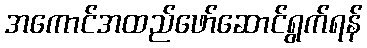
အကောင်အထည်ဖော်ဆောင်ရွက်ရန်